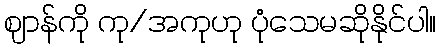
ဈာန်ကို ကု/အကုဟု ပုံသေမဆိုနိုင်ပါ။